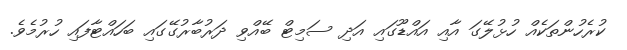
ކުރެހުންތަކެއް ހުޅުލޭގަ އާއި އައްޑޫގައި އަދި ސަމިޓް ބޭއްވި ދަރުބާރުގޭގައި ބަހައްޓާފައި ހުރުމެވެ.